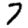
Digit: 7